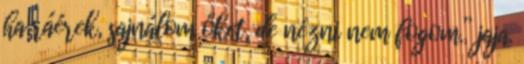
ha ráérek, sajnálom őket, de nézni nem fogom.” jaja.